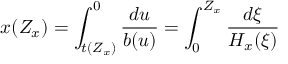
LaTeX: x ( Z _ { x } ) = \int _ { t ( Z _ { x } ) } ^ { 0 } \frac { d u } { b ( u ) } = \int _ { 0 } ^ { Z _ { x } } \frac { d \xi } { H _ { x } ( \xi ) }